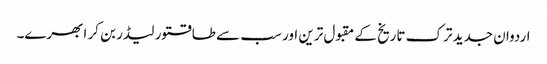
اردوان جدید ترک تاریخ کے مقبول ترین اور سب سے طاقتور لیڈر بن کر ابھرے۔